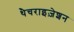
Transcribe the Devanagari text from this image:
थैचराइज़ेशन